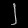
Digit: ၂